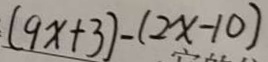
( 9 x + 3 ) - ( 2 x - 1 0 )